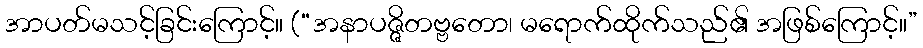
အာပတ်မသင့်ခြင်းကြောင့်။ (“အနာပဇ္ဇိတဗ္ဗတော၊ မရောက်ထိုက်သည်၏ အဖြစ်ကြောင့်။”